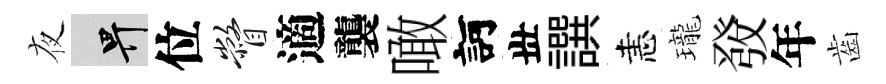
夜畀位瞥適襲噉訶丗譔恚瓏𤼲年齒